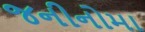
જનીનોમા